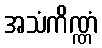
အသံကိဏ္ဏံ